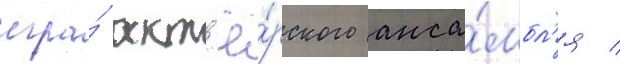
игра́ акт'ё́рского анса́мбл'я /